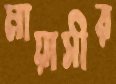
মায়াসীর